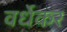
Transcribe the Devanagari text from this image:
वर्धेकर